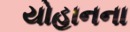
યોહાનના